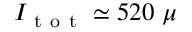
I _ { \mathrm { ~ t ~ o ~ t ~ } } \simeq 5 2 0 ~ \mu